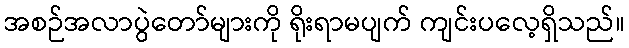
အစဉ်အလာပွဲတော်များကို ရိုးရာမပျက် ကျင်းပလေ့ရှိသည်။